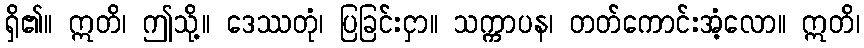
ရှိ၏။ ဣတိ၊ ဤသို့။ ဒေဿတုံ၊ ပြခြင်းငှာ။ သက္ကာပန၊ တတ်ကောင်းအံ့လော။ ဣတိ၊